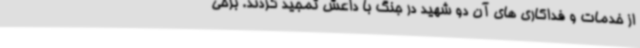
از خدمات و فداکاری های آن دو شهید در جنگ با داعش تمجید کردند. برخی